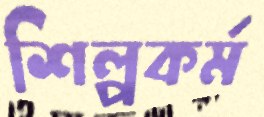
শিল্পকর্ম